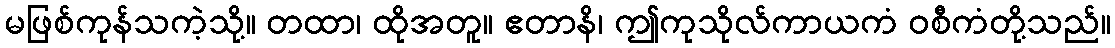
မဖြစ်ကုန်သကဲ့သို့။ တထာ၊ ထိုအတူ။ ဧတာနိ၊ ဤကုသိုလ်ကာယကံ ဝစီကံတို့သည်။